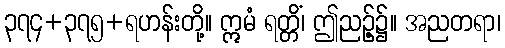
၃၇၄+၃၇၅+ရဟန်းတို့။ ဣမံ ရတ္တိံ၊ ဤညဉ့်၌။ အညတရာ၊